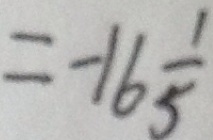
= - 1 6 \frac { 1 } { 5 }